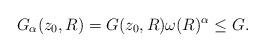
LaTeX: \begin{align*} G_{\alpha}(z_{0},R) =G(z_{0},R) \omega(R)^{\alpha}\leq G.\end{align*}